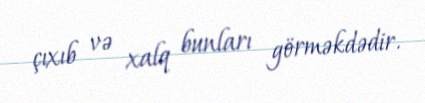
çıxıb və xalq bunları görməkdədir.